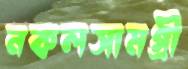
নকলসামগ্রী